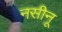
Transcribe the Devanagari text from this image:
नसीनू